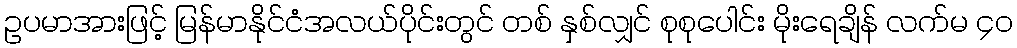
ဥပမာအားဖြင့် မြန်မာနိုင်ငံအလယ်ပိုင်းတွင် တစ် နှစ်လျှင် စုစုပေါင်း မိုးရေချိန် လက်မ ၄၀